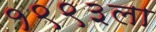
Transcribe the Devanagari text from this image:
१९९३ला